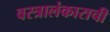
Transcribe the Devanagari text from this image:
वस्त्रालंकाराची